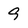
Character: 9